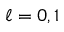
\ell = 0 , 1